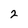
Character: 2